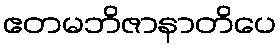
ဧတမဘိဇာနာတိပေ